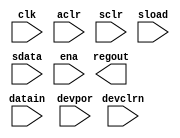
module cycloneii_lcell_ff(regout, datain, clk, aclr, sclr, sload, sdata, ena, devpor, devclrn);

parameter lpm_type = "cycloneii_lcell_ff";

input datain, clk, aclr, sclr, sload, sdata, ena, devpor, devclrn;
output regout;

endmodule